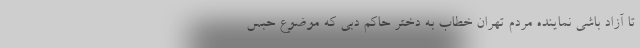
تا آزاد باشی نماینده مردم تهران خطاب به دختر حاکم دبی که موضوع حبس